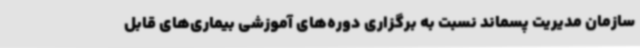
سازمان مدیریت پسماند نسبت به برگزاری دوره‌های آموزشی بیماری‌های قابل